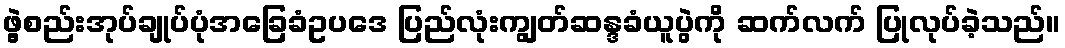
ဖွဲ့စည်းအုပ်ချုပ်ပုံအခြေခံဥပဒေ ပြည်လုံးကျွတ်ဆန္ဒခံယူပွဲကို ဆက်လက် ပြုလုပ်ခဲ့သည်။